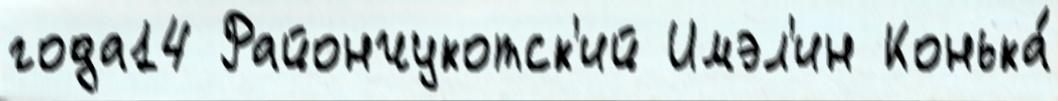
года14 Райончукотск'ий Имэл'ин Конька́